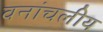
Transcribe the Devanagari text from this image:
वनांचलीय